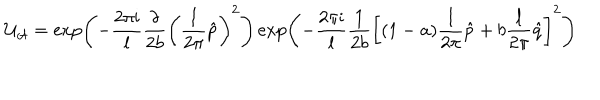
{ \cal U } _ { \cal A } = \exp \left( - \frac { 2 \pi { \mathrm i } } { l } \frac { \delta } { 2 b } \left( \frac { l } { 2 \pi } \hat { p } \right) ^ { 2 } \right) \exp \left( - \frac { 2 \pi { \mathrm i } } { l } \frac { 1 } { 2 b } \left[ ( 1 - a ) \frac { l } { 2 \pi } \hat { p } + b \frac { l } { 2 \pi } \hat { q } \right] ^ { 2 } \right)